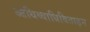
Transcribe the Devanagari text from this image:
आधिव्याधिविताड़न